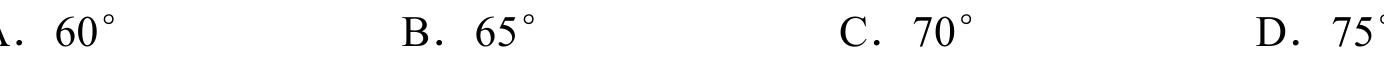
A．$60^{\circ}$  B．$65^{\circ}$  C．$70^{\circ}$  D．$75^{\circ}$